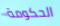
الحكومة